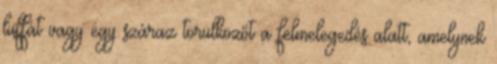
luffát vagy egy száraz törülközőt a felmelegedés alatt, amelynek